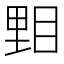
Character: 𥆤